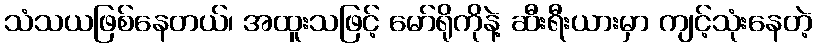
သံသယဖြစ်နေတယ်၊ အထူးသဖြင့် မော်ရိုကိုနဲ့ ဆီးရီးယားမှာ ကျင့်သုံးနေတဲ့